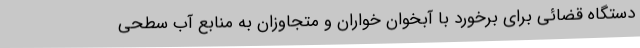
دستگاه قضائی برای برخورد با آبخوان خواران و متجاوزان به منابع آب سطحی